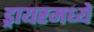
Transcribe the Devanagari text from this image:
ड्रायरमध्ये